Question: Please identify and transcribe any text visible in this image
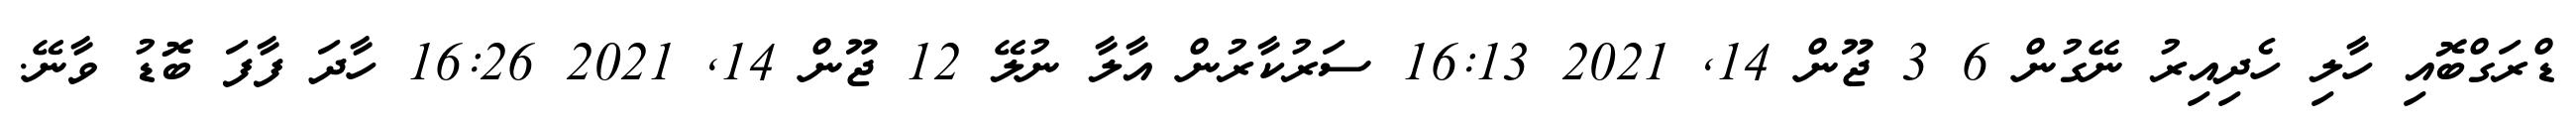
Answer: ޑްރަގްބޮއި ހާލި ހެދިއިރު ނޭގުން 6 3 ޖޫން 14, 2021 16:13 ސަރުކާރުން އާލާ ނުލޭ 12 ޖޫން 14, 2021 16:26 ހާދަ ފާފަ ބޮޑު ވާނޭ.